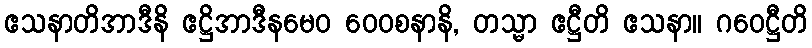
ဧသနာတိအာဒီနိ ဧဋ္ဌိအာဒီနမေဝ ဝေဝစနာနိ, တသ္မာ ဧဋ္ဌီတိ ဧသနာ။ ဂဝေဋ္ဌီတိ